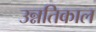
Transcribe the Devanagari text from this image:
उन्नतिकाल